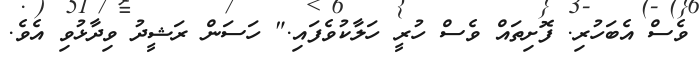
ވެސް އެބަހުރި. ފޮށިތައް ވެސް ހުރީ ހަލާކުވެފައި." ހަސަން ރަޝީދު ވިދާޅުވި އެވެ.